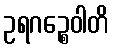
ဥရဂဉ္စေဝါတိ